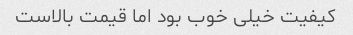
کیفیت خیلی خوب بود اما قیمت بالاست